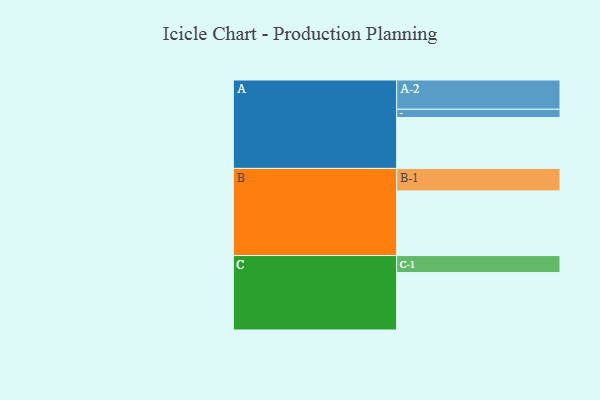
{"axis": {"x": "Segment", "y": "Value"}, "legend": ["", "A", "B", "C"], "data": [{"x": "A", "y": 437, "type": ""}, {"x": "B", "y": 555, "type": ""}, {"x": "C", "y": 493, "type": ""}, {"x": "A-1", "y": 71, "type": "A"}, {"x": "A-2", "y": 251, "type": "A"}, {"x": "B-1", "y": 193, "type": "B"}, {"x": "C-1", "y": 146, "type": "C"}]}